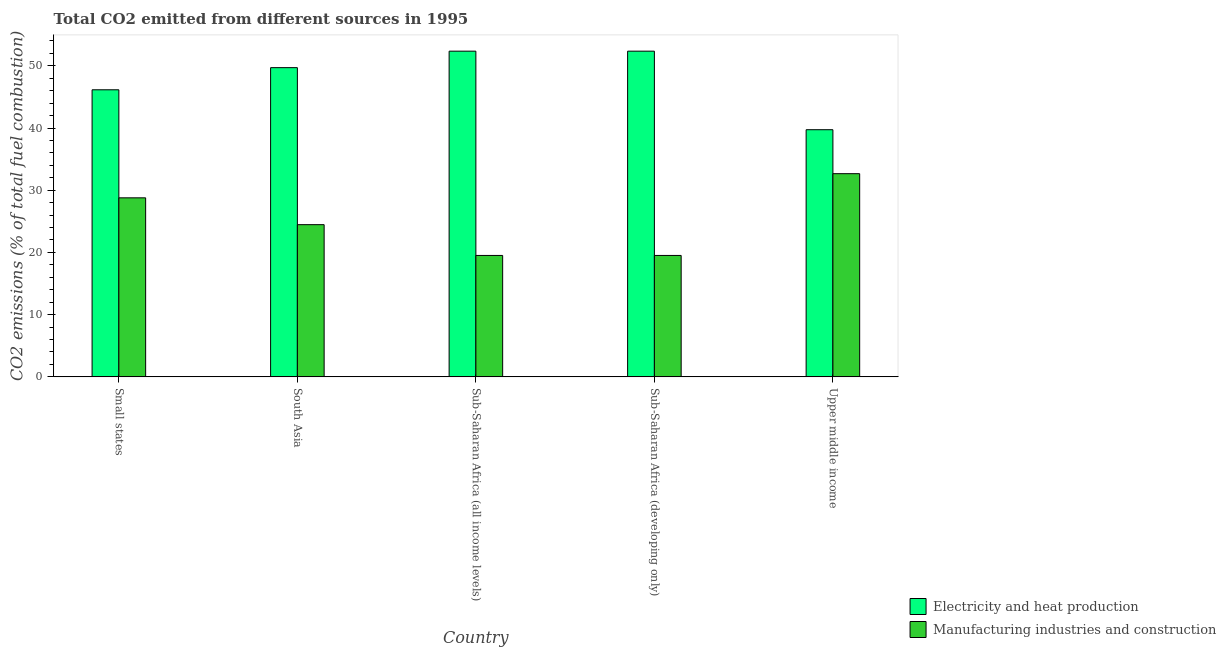
| Country | Electricity and heat production | Manufacturing industries and construction |
 | --- | --- | --- |
 | Small states | 46.1 | 28.8 |
 | South Asia | 49.7 | 24.5 |
 | Sub-Saharan Africa (all income levels) | 52.4 | 19.5 |
 | Sub-Saharan Africa (developing only) | 52.4 | 19.5 |
 | Upper middle income | 39.7 | 32.7 |